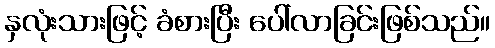
နှလုံးသားဖြင့် ခံစားပြီး ပေါ်လာခြင်းဖြစ်သည်။